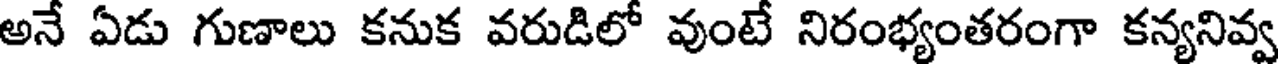
అనే ఏడు గుణాలు కనుక వరుడిలో వుంటే నిరంభ్యంతరంగా కన్యనివ్వ